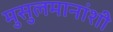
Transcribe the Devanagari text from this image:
मुसुलमानांशी